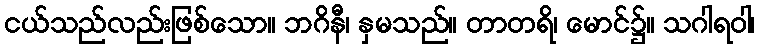
ငယ်သည်လည်းဖြစ်သော။ ဘဂိနီ၊ နှမသည်။ တာတရိ၊ မောင်၌။ သဂါရဝါ၊